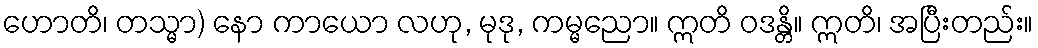
ဟောတိ၊ တသ္မာ) နော ကာယော လဟု, မုဒု, ကမ္မညော။ ဣတိ ဝဒန္တိ။ ဣတိ၊ အပြီးတည်း။